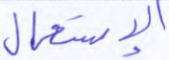
الإستعمال